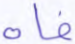
فاه